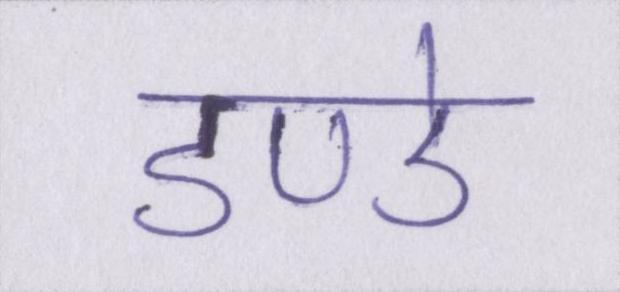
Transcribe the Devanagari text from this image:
डण्डे